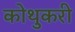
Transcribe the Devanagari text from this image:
कोथुकरी